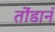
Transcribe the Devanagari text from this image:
तोंडानं